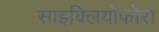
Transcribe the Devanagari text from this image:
साइक्लियोफोरा